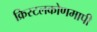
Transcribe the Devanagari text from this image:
क्रिस्टलकोणमापी